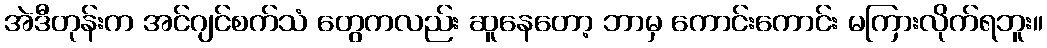
အဲဒီတုန်းက အင်ဂျင်စက်သံ တွေကလည်း ဆူနေတော့ ဘာမှ ကောင်းကောင်း မကြားလိုက်ရဘူး။